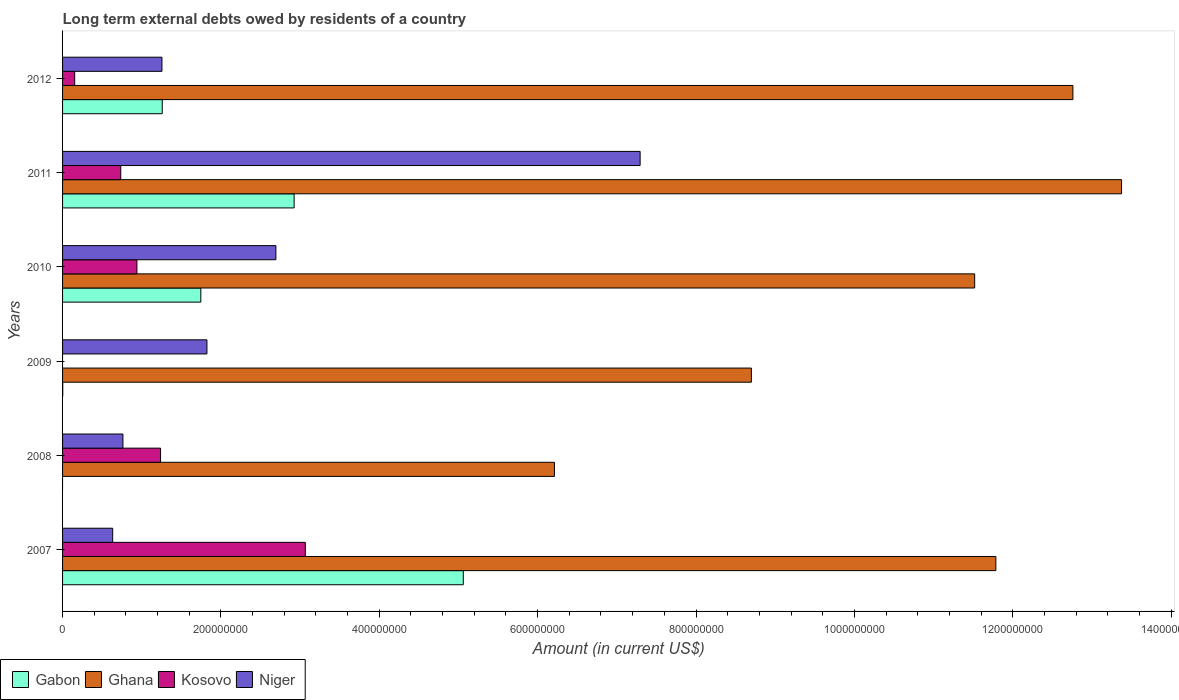
| Years | Gabon | Ghana | Kosovo | Niger |
 | --- | --- | --- | --- | --- |
 | 2007 | 5.06e+08 | 1.18e+09 | 3.07e+08 | 6.33e+07 |
 | 2008 | -2.14e+09 | 6.21e+08 | 1.24e+08 | 7.62e+07 |
 | 2009 | 2.35e+05 | 8.7e+08 | -1.79e+08 | 1.82e+08 |
 | 2010 | 1.75e+08 | 1.15e+09 | 9.39e+07 | 2.69e+08 |
 | 2011 | 2.92e+08 | 1.34e+09 | 7.35e+07 | 7.29e+08 |
 | 2012 | 1.26e+08 | 1.28e+09 | 1.53e+07 | 1.26e+08 |